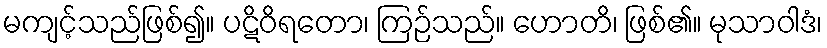
မကျင့်သည်ဖြစ်၍။ ပဋိဝိရတော၊ ကြဉ်သည်။ ဟောတိ၊ ဖြစ်၏။ မုသာဝါဒံ၊